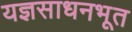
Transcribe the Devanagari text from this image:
यज्ञसाधनभूत